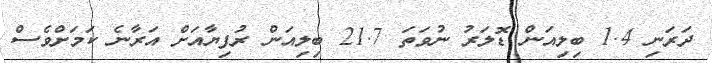
ދަރަނި 1.4 ބިލިއަން ޑޮލަރު ނުވަތަ 21.7 ބިލިއަން ރުފިޔާއަށް އަރާނެ ކަމަށްވެސް